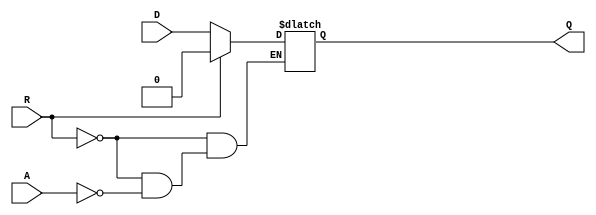
module async_register (
    input wire D,      // Data Input
    input wire A,      // Asynchronous Control Signal
    input wire R,      // Reset Signal
    output reg Q       // Data Output
);

    // Always block for asynchronous behavior
    always @* begin
        if (R) begin
            Q = 1'b0;  // Reset the output to 0 if reset signal is asserted
        end else if (A) begin
            Q = D;     // Capture data from D if asynchronous control signal is asserted
        end
        // If neither R nor A are asserted, Q retains its previous value (no change)
    end

endmodule